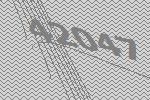
42047